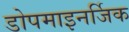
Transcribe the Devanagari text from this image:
डोपमाइनर्जिक